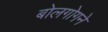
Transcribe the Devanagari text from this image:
बोलगोगने